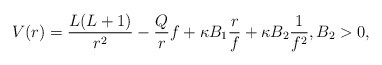
\begin{align*} V(r) = \frac{L(L+1)}{r^2} - \frac{Q}{r} f + \kappa B_1 \frac{r}{f} + \kappa B_2 \frac{1}{f^2}, B_2>0, \end{align*}